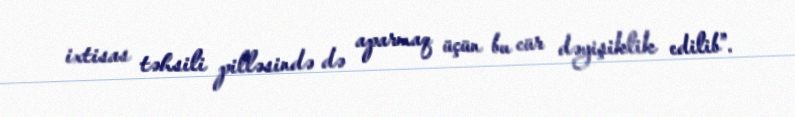
ixtisas təhsili pilləsində də aparmaq üçün bu cür dəyişiklik edilib”.